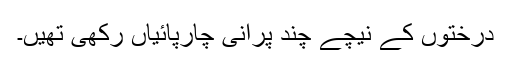
درختوں کے نیچے چند پرانی چارپائیاں رکھی تھیں۔